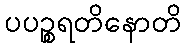
ပပဉ္စရတိနောတိ